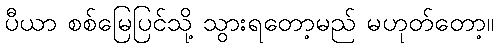
ပီယာ စစ်မြေပြင်သို့ သွားရတော့မည် မဟုတ်တော့။